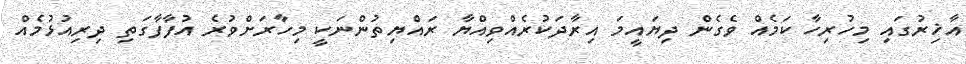
އާޚިރުގައި މިހުރިހާ ކަމެއް ވެގެން ދިޔައީމަ އިރާދަކުރެއްވިއްޔާ ރައްޔިތުންނަކީ މިހާރަށްވުރެ އުފާފާގަތި ދިރިއުޅުމެއް